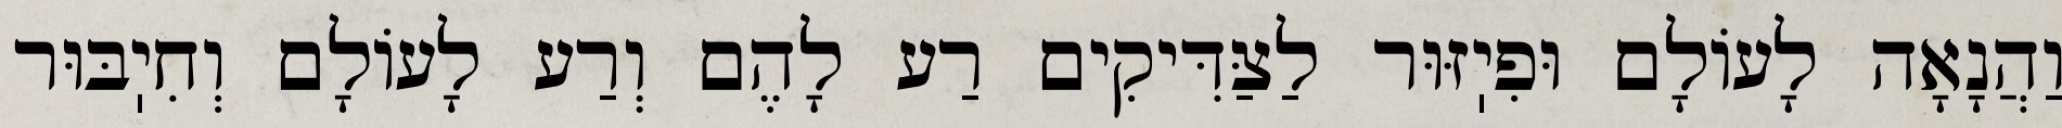
וַהֲנָאָה לָעוֹלָם וּפִיֽזּוּר לַצַּדִּיקִים רַע לָהֶם וְרַע לָעוֹלָם וְחִיֽבּוּר